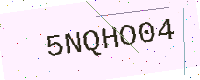
Text: 5NQHO04